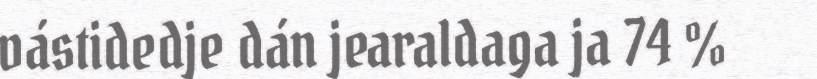
vástidedje dán jearaldaga ja 74 %